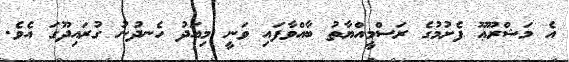
އެ މަޝްރޫޢޫ ފެށުމުގެ ރަސްމީއްޔާތު ބާއްވާފައި ވަނީ މިއަދު ހެނދުނު ގުރައިދޫގަ އެވެ.